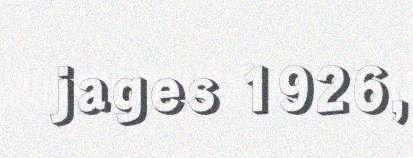
jages 1926,